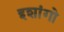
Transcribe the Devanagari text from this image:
इशांगो